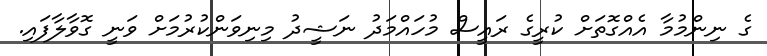
ގެ ނިންމުމާ އެއްގޮތަށް ކުރީގެ ރައީސް މުހައްމަދު ނަޝީދު މިނިވަންކުރުމަށް ވަނީ ގޮވާލާފައި.